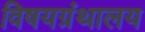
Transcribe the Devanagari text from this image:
विषयग्रंथालय